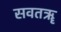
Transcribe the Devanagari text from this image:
सवतॠ